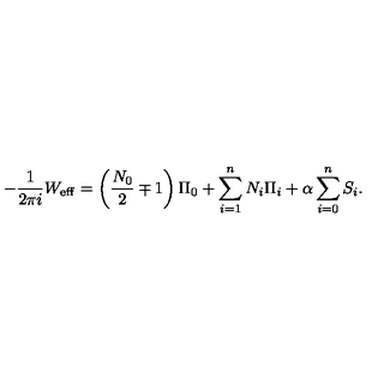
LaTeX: - \frac { 1 } { 2 \pi i } W _ { \mathrm { e f f } } = \left( \frac { N _ { 0 } } { 2 } \mp 1 \right) \Pi _ { 0 } + \sum _ { i = 1 } ^ { n } N _ { i } \Pi _ { i } + \alpha \sum _ { i = 0 } ^ { n } S _ { i } .